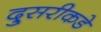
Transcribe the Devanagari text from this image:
दु्सरीकडे